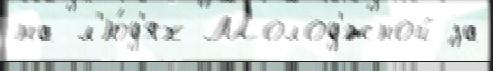
на л'ю́д'ях Молод'́жной за